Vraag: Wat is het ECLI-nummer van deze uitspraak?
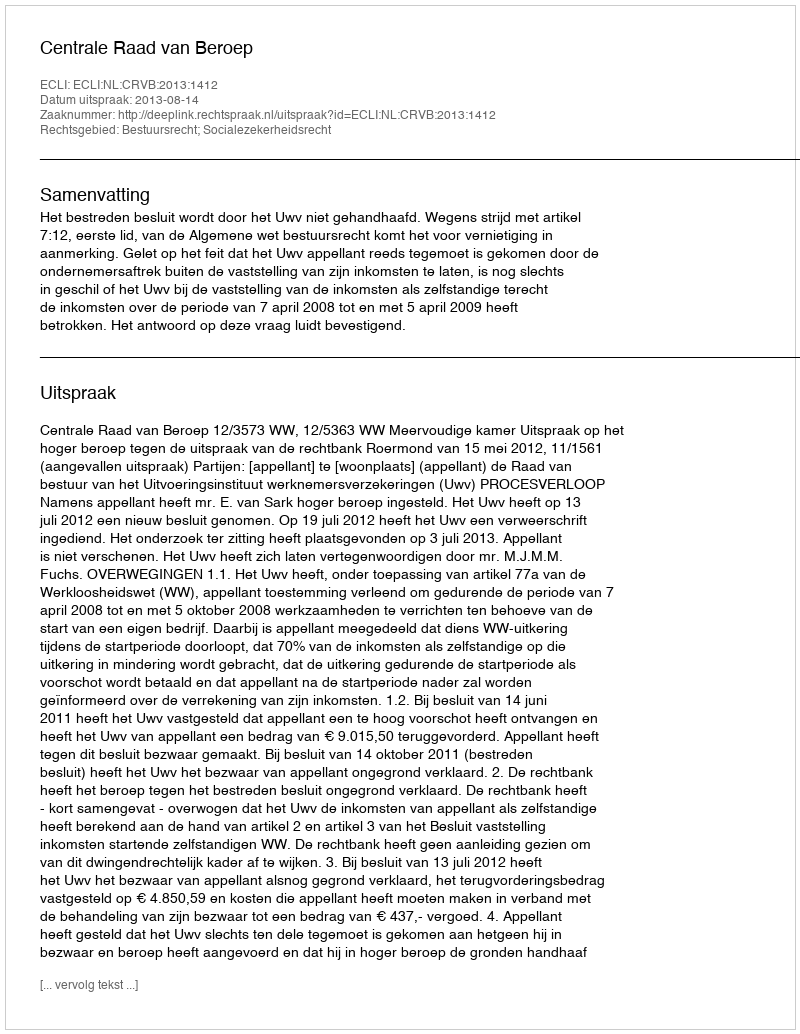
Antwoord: ECLI:NL:CRVB:2013:1412